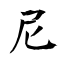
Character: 尼